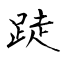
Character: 跿